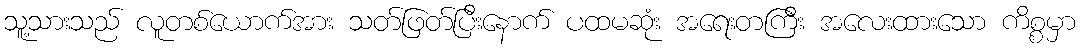
သူ့သားသည် လူတစ်ယောက်အား သတ်ဖြတ်ပြီးနောက် ပထမဆုံး အရေးတကြီး အလေးထားသော ကိစ္စမှာ